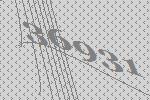
36931